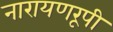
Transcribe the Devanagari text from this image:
नारायणरूपी